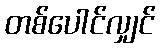
တစ်ပေါင်လျှင်